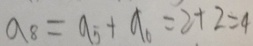
a _ { 8 } = a _ { 5 } + a _ { 6 } = 2 + 2 = 4